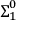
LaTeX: { \boldsymbol { \Sigma } } _ { 1 } ^ { 0 }